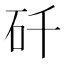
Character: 𬑻